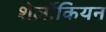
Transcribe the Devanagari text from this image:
शेर्लोकियन